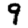
Digit: 9